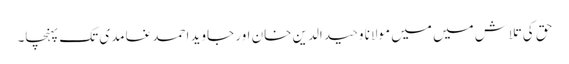
حق کی تلاش میں میں مولانا وحید الدین خان اور جاوید احمد غامدی تک پہنچا۔